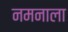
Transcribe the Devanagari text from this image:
नमनाला